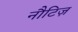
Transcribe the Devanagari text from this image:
नौटिज़